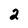
Character: 2